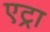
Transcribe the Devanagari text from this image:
एट्रा